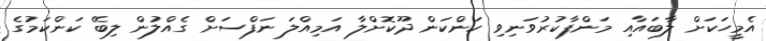
އެމީހަކަށް ލާބައާއި މަންފާކުރުވަނިވި ކަންކަން ދޫކޮށްލާ އަމިއްލަ ނަފްސަށް ގެއްލުން ލިބޭ ކަންކަމުގެ